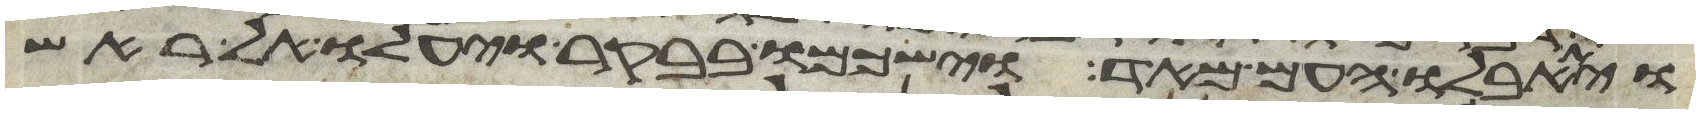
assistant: ויתאבלו העם מאד וישכמו בבקר ויעלו אל ראש